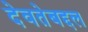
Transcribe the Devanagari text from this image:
देवतेबद्दल